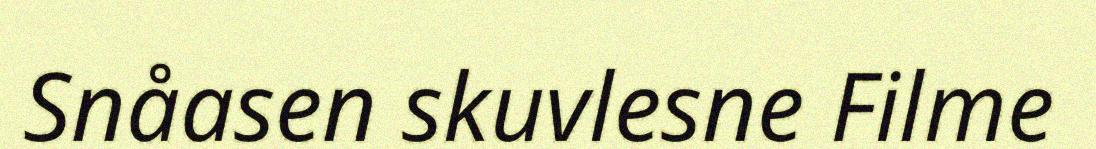
Snåasen skuvlesne Filme